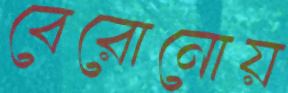
বেরোনোয়